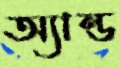
অ্যান্ড